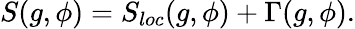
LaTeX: S(g,\phi)=S_{loc}(g,\phi)+\Gamma(g,\phi).